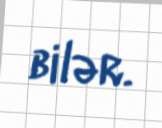
bilər.